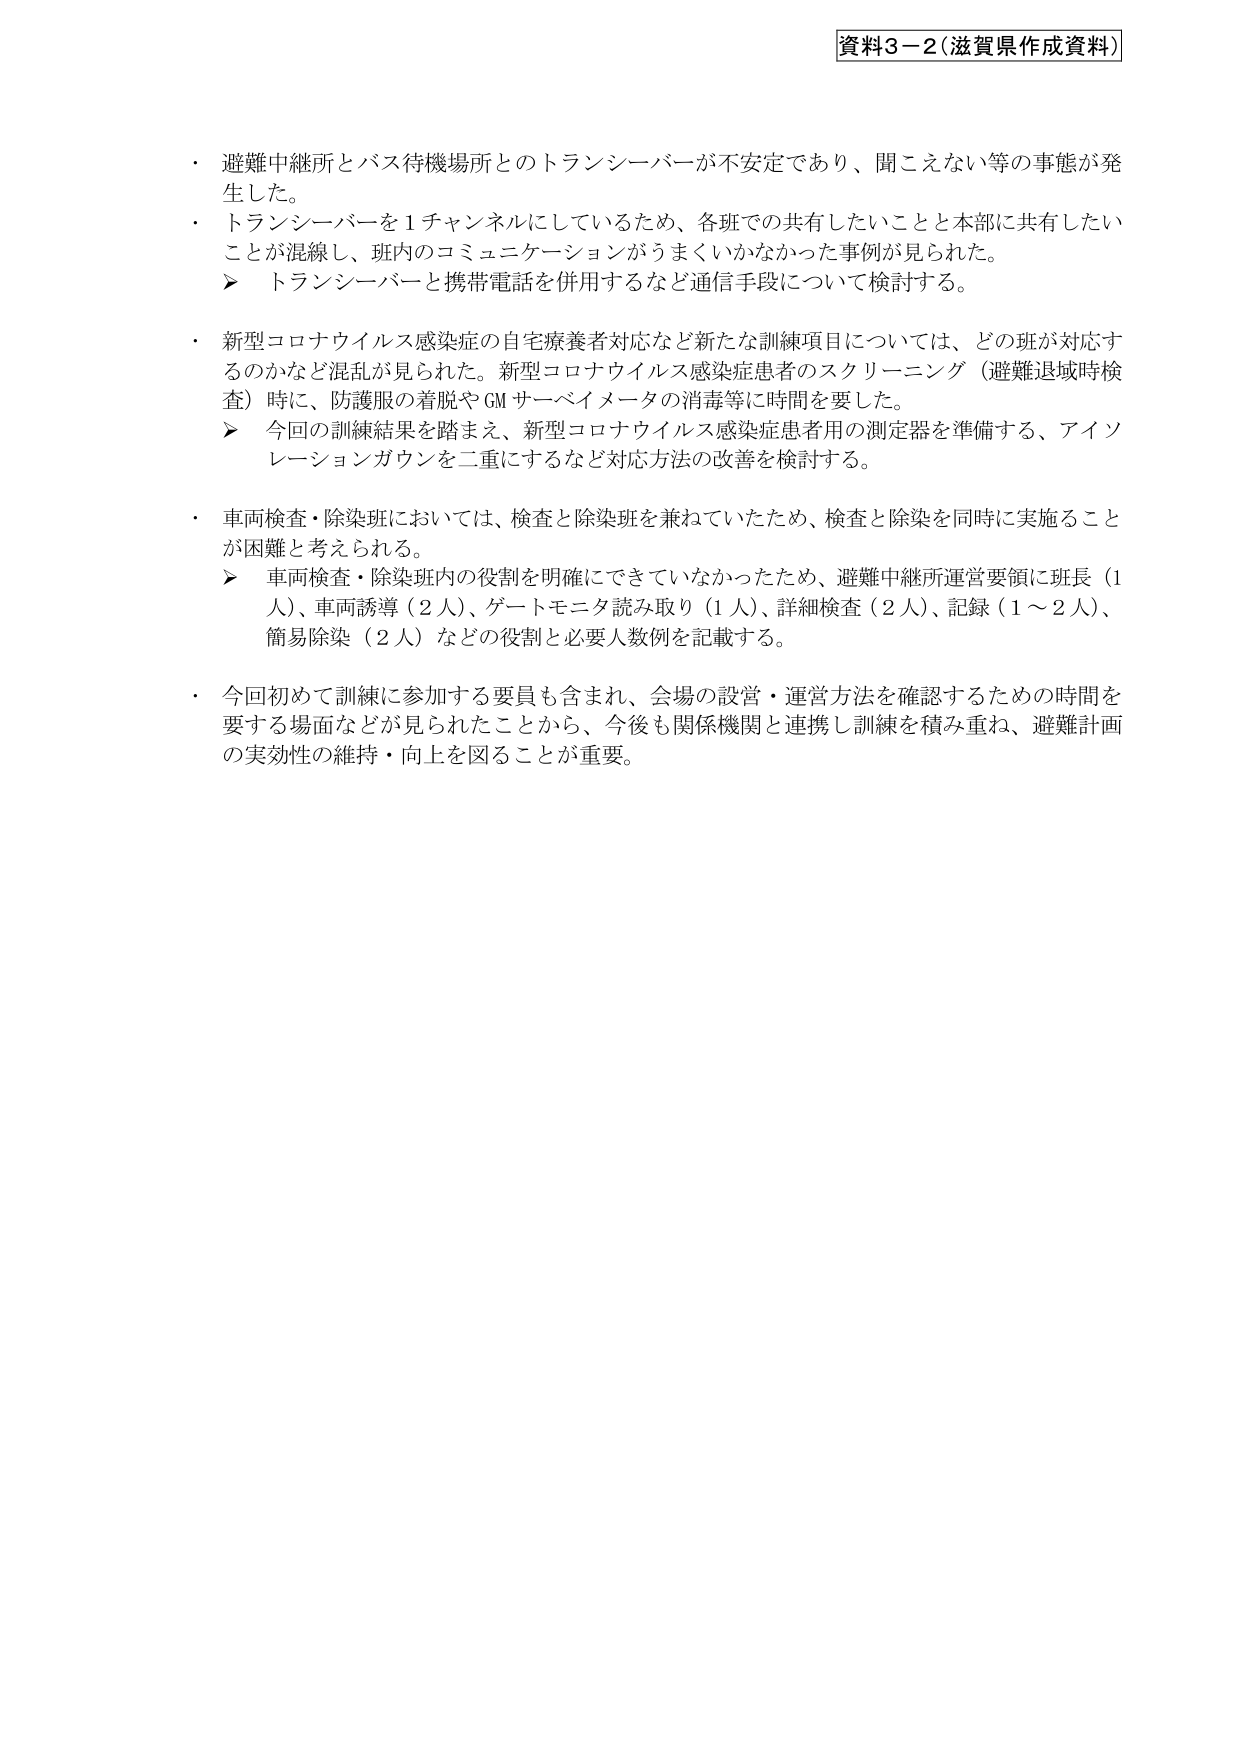
資料3－2（滋賀県作成資料）

・ 避難中継所とバス待機場所とのトランシーバーが不安定であり、聞こえない等の事態が発生した。
・ トランシーバーを1チャンネルにしているため、各班での共有したいことと本部に共有したいことが混線し、班内のコミュニケーションがうまくいかなかった事例が見られた。
　　▶ トランシーバーと携帯電話を併用するなど通信手段について検討する。
・ 新型コロナウイルス感染症の自宅療養者対応など新たな訓練項目については、どの班が対応するのかなど混乱が見られた。新型コロナウイルス感染症患者のスクリーニング（避難退域時検査）時に、防護服の着脱やGMサーベイメータの消毒等に時間を要した。
　　▶ 今回の訓練結果を踏まえ、新型コロナウイルス感染症患者用の測定器を準備する、アイソレーションガウンを二重にするなど対応方法の改善を検討する。
・ 車両検査・除染班においては、検査と除染班を兼ねていたため、検査と除染を同時に実施することが困難と考えられる。
　　▶ 車両検査・除染班内の役割を明確にできていなかったため、避難中継所運営要領に班長（1人）、車両誘導（2人）、ゲートモニタ読み取り（1人）、詳細検査（2人）、記録（1～2人）、簡易除染（2人）などの役割と必要人数例を記載する。
・ 今回初めて訓練に参加する要員も含まれ、会場の設営・運営方法を確認するための時間を要する場面などが見られたことから、今後も関係機関と連携し訓練を積み重ね、避難計画の実効性の維持・向上を図ることが重要。